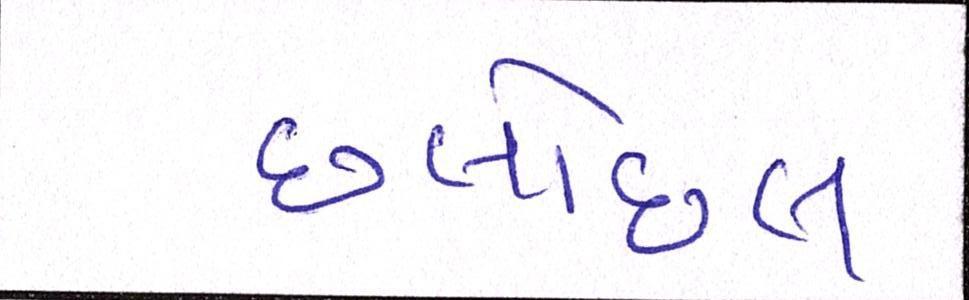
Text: છલોછલ